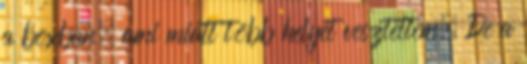
a boxban, ami miatt több helyet vesztettem. De a